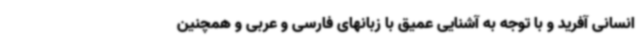
انسانی آفرید و با توجه به آشنایی عمیق با زبانهای فارسی و عربی و همچنین